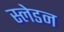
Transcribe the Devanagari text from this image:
स्लेडन